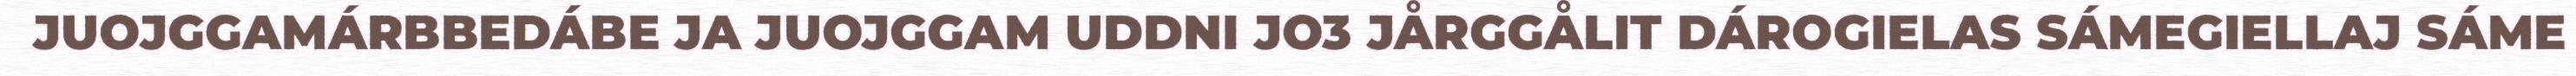
JUOJGGAMÁRBBEDÁBE JA JUOJGGAM UDDNI JO3 JÅRGGÅLIT DÁROGIELAS SÁMEGIELLAJ SÁME